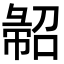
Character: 𢑦